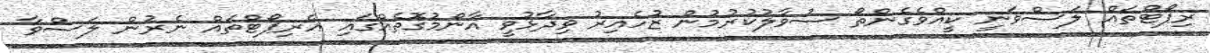
ރިޕޯޓްތައް ލަސްވަނީ ކީއްވެގެންތޯ ސުވާލުކުރުމުން ޒުހެއިރު ވިދާޅުވީ އާންމުގޮތެއްގައި އެރިޕޯޓްތައް ނެރުން ލަސްވާ